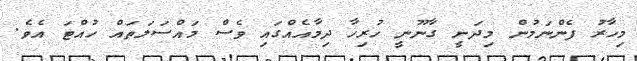
މިހާރު ފެންނަމުން މިދަނީ ގާނޫނީ ހުރިހާ ދިމާއެއްގައި ވެސް މައްސަލަތައް ހުއްޓަ އެވެ.